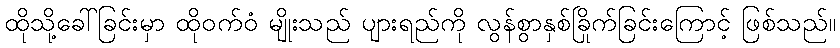
ထိုသို့ခေါ်ခြင်းမှာ ထိုဝက်ဝံ မျိုးသည် ပျားရည်ကို လွန်စွာနှစ်ခြိုက်ခြင်းကြောင့် ဖြစ်သည်။